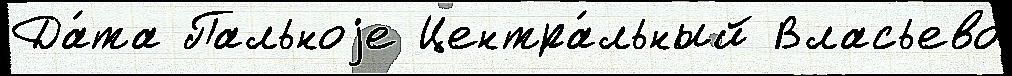
Да́та Пальноjе Центра́льный Власьево